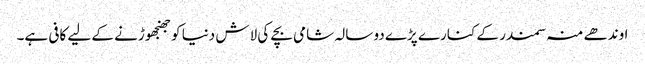
اوندھے منہ سمندر کے کنارے پڑے دو سالہ شامی بچے کی لاش دنیا کو جھنجھوڑنے کے لیے کافی ہے۔